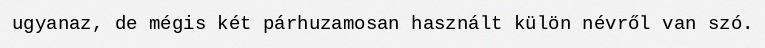
ugyanaz, de mégis két párhuzamosan használt külön névről van szó.